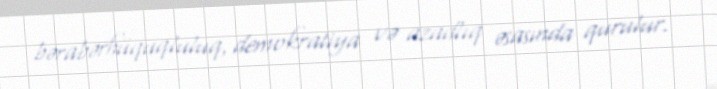
bərabərhüquqluluq, demokratiya və azadlıq əsasında qurulur.